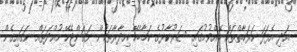
އަދި އެފަދަ ހަރަކާތްތައް ބޭއްވުމުގައި ސަރުކާރުގެ ކަމާބެހޭ އިދާރާތަކުން ނަގަންޖެހޭ ހުއްދަތައް ނަގައިގެން